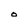
Character: O